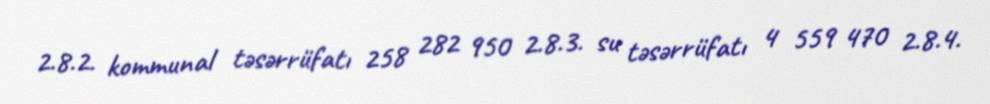
2.8.2. kommunal təsərrüfatı 258 282 950 2.8.3. su təsərrüfatı 4 559 470 2.8.4.